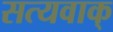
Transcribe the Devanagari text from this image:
सत्यवाक्‌